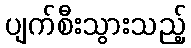
ပျက်စီးသွားသည့်